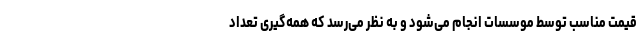
قیمت مناسب توسط موسسات انجام می‌شود و به نظر می‌رسد که همه‌گیری تعداد